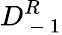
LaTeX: D_{\mathrm{~-~}1}^{R}